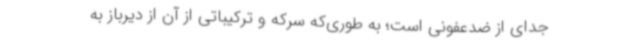
جدای از ضدعفونی است؛ به طوری‌که سرکه و ترکیباتی از آن از دیرباز به